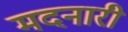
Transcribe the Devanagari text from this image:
मदनारी